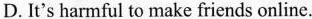
D. It's harmful to make friends online.